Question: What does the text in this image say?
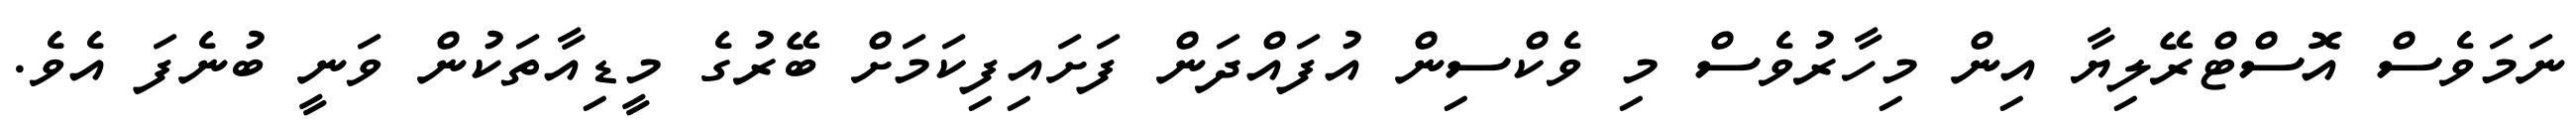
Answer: ނަމަވެސް އޮސްޓްރޭލިޔާ އިން މިހާރުވެސް މި ވެކްސިން އުފައްދަން ފަށައިފިކަމަށް ބޭރުގެ މީޑިއާތަކުން ވަނީ ބުނެފަ އެވެ.